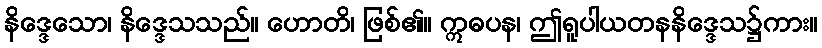
နိဒ္ဒေသော၊ နိဒ္ဒေသသည်။ ဟောတိ၊ ဖြစ်၏။ ဣဓပန၊ ဤရူပါယတနနိဒ္ဒေသ၌ကား။